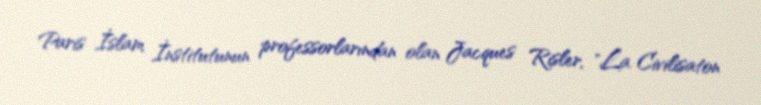
Paris İslam İnstitutunun professorlarından olan Jacques Risler, "La Civilisaton